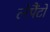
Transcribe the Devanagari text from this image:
लेपैंटो